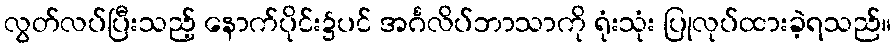
လွတ်လပ်ပြီးသည့် နောက်ပိုင်း၌ပင် အင်္ဂလိပ်ဘာသာကို ရုံးသုံး ပြုလုပ်ထားခဲ့ရသည်။